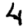
Digit: 4